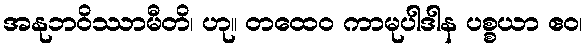
အနုဘဝိဿာမီတိ၊ ဟု။ တထေဝ ကာမုပါဒါန ပစ္စယာ ဧဝ၊